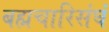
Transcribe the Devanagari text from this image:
बह्मचारिसंघं